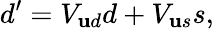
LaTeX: d^{\prime}=V_{\mathbf{u}d}d+V_{\mathbf{u}s}s,